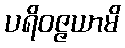
ပရိဝဇ္ဇယာမိ